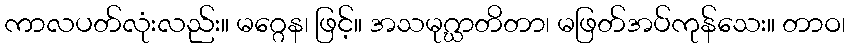
ကာလပတ်လုံးလည်း။ မဂ္ဂေန၊ ဖြင့်။ အသမုဂ္ဃာတိတာ၊ မဖြတ်အပ်ကုန်သေး။ တာဝ၊